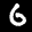
Label: 6